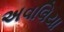
અવલિયા